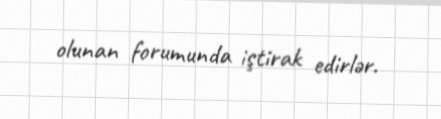
olunan forumunda iştirak edirlər.